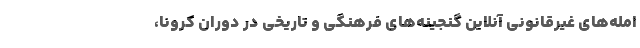
امله‌های غیرقانونی آنلاین گنجینه‌های فرهنگی و تاریخی در دوران کرونا،